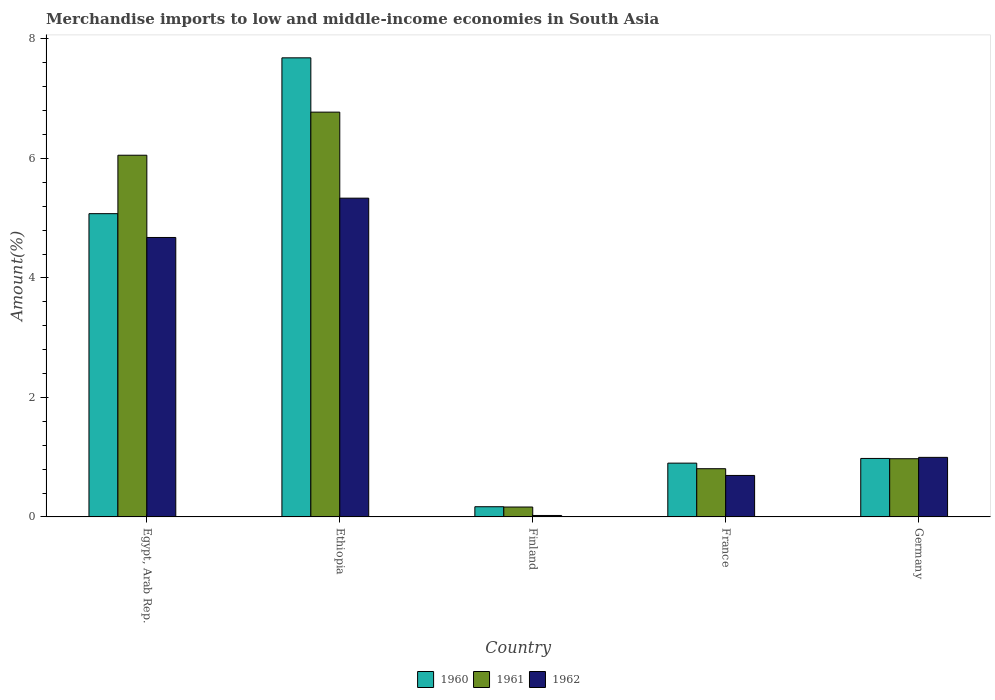
| Country | 1960 | 1961 | 1962 |
 | --- | --- | --- | --- |
 | Egypt, Arab Rep. | 5.08 | 6.05 | 4.68 |
 | Ethiopia | 7.68 | 6.77 | 5.33 |
 | Finland | 0.171 | 0.166 | 0.0244 |
 | France | 0.9 | 0.807 | 0.694 |
 | Germany | 0.979 | 0.974 | 0.997 |